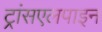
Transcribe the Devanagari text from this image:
ट्रांसएलपाइन